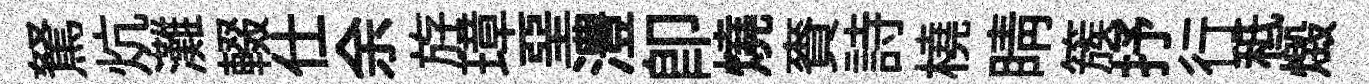
駑炕灘輟仕余斿璋堊澧卽燒賚詩橈睛簇抒行秪燬